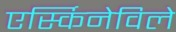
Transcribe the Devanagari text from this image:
एर्स्किनेविले